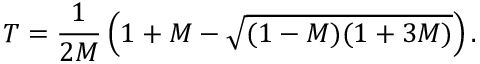
T = \frac { 1 } { 2 M } \left( 1 + M - \sqrt { ( 1 - M ) ( 1 + 3 M ) } \right) .